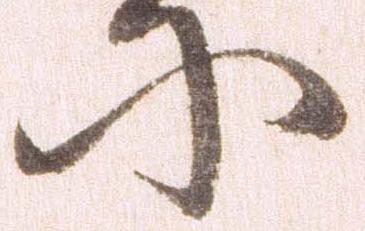
に